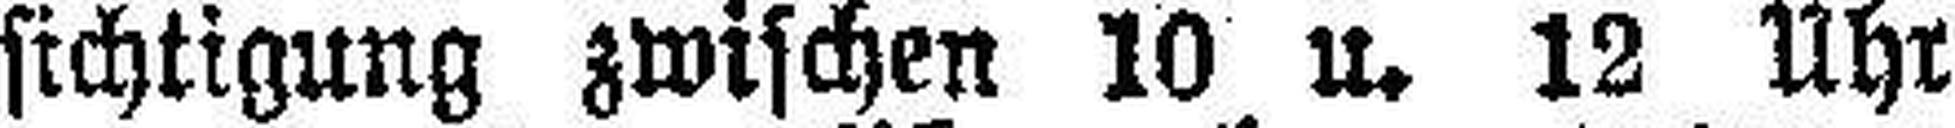
sichtigung zwischen 10 u. 12 Uhr